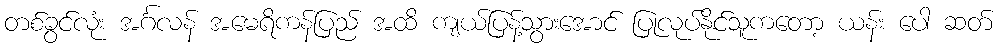
တစ်ခွင်လုံး အင်္ဂလန် အမေရိကန်ပြည် အထိ ကျယ်ပြန့်သွားအောင် ပြုလုပ်နိုင်သူကတော့ ယန်း ပေါ ဆတ်